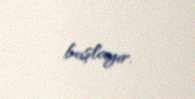
başlayır.